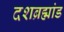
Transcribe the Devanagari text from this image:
दशब्रह्मांड